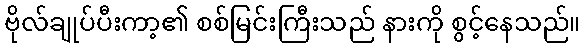
ဗိုလ်ချုပ်ပီးကာ့၏ စစ်မြင်းကြီးသည် နားကို စွင့်နေသည်။